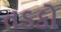
તડકો